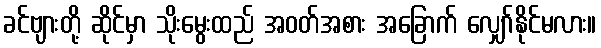
ခင်ဗျားတို့ ဆိုင်မှာ သိုးမွေးထည် အဝတ်အစား အခြောက် လျှော်နိုင်မလား။